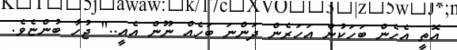
އޮތީ އެހެން ބަހަކުން އަހަރެން ދަންނަ ބަހެއް ނޫން އެއީ.." ޖުހާ ބުންޏެވެ.